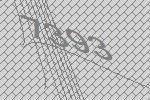
7393